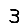
Digit: 3